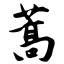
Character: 蒿